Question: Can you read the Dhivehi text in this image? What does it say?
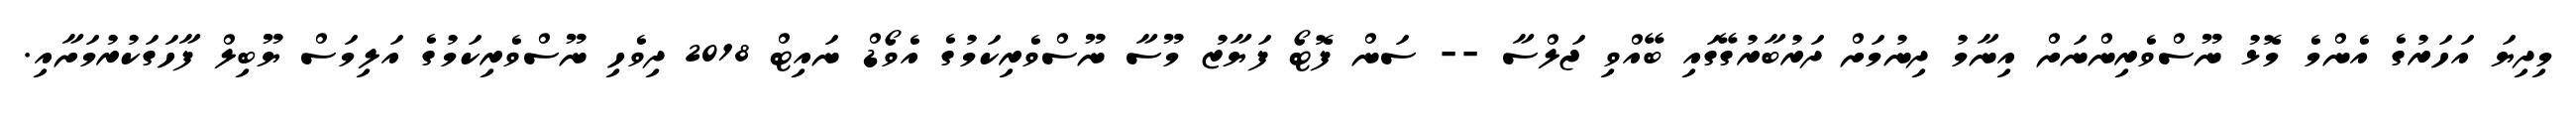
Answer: މިދިޔަ އަހަރުގެ އެންމެ މޮޅު ނޫސްވެރިންނަށް އިނާމު ދިނުމަށް ދަރުބާރުގޭގައި ބޭއްވި ޖަލްސާ -- ސަން ފޮޓޯ ފަޔާޒު މޫސާ ނޫސްވެރިކަމުގެ އެވޯޑް ނައިޓް 2018 ދިވެހި ނޫސްވެރިކަމުގެ އަލިމަސް ޔޫބިލް ފާހަގަކުރުމަށާއި.